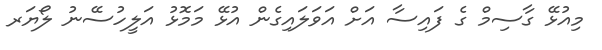
މިއުޅޭ ގާސިމް ގެ ފައިސާ އަށް އަވަލައިގެން އުޅޭ މަމޮޅު އަލީހުސޭނު ލޯޔަރ